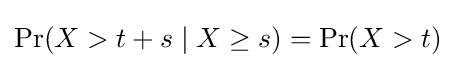
{\textstyle \Pr(X>t+s\mid X\geq s)=\Pr(X>t)}